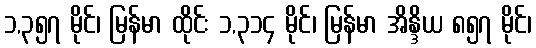
၁,၃၅၇ မိုင်၊ မြန်မာ ထိုင်း ၁,၃၁၄ မိုင်၊ မြန်မာ အိန္ဒိယ ၈၅၇ မိုင်၊